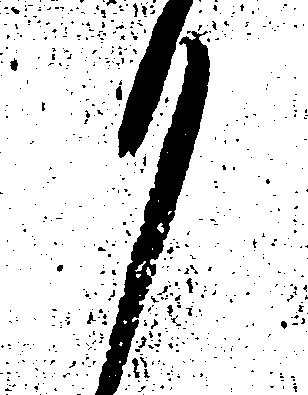
も